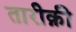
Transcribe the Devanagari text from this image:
तारीक़ी